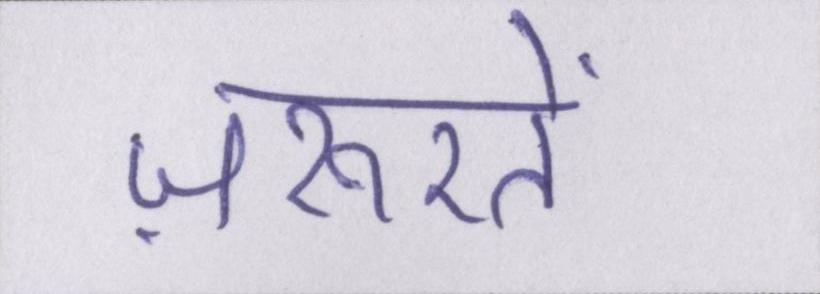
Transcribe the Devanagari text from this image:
ज़रूरतें